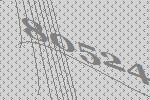
80524